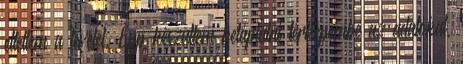
eltettem a levelet. Épp készültem betáplálni térképembe az adatokat,